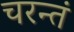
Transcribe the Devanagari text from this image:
चरन्तं